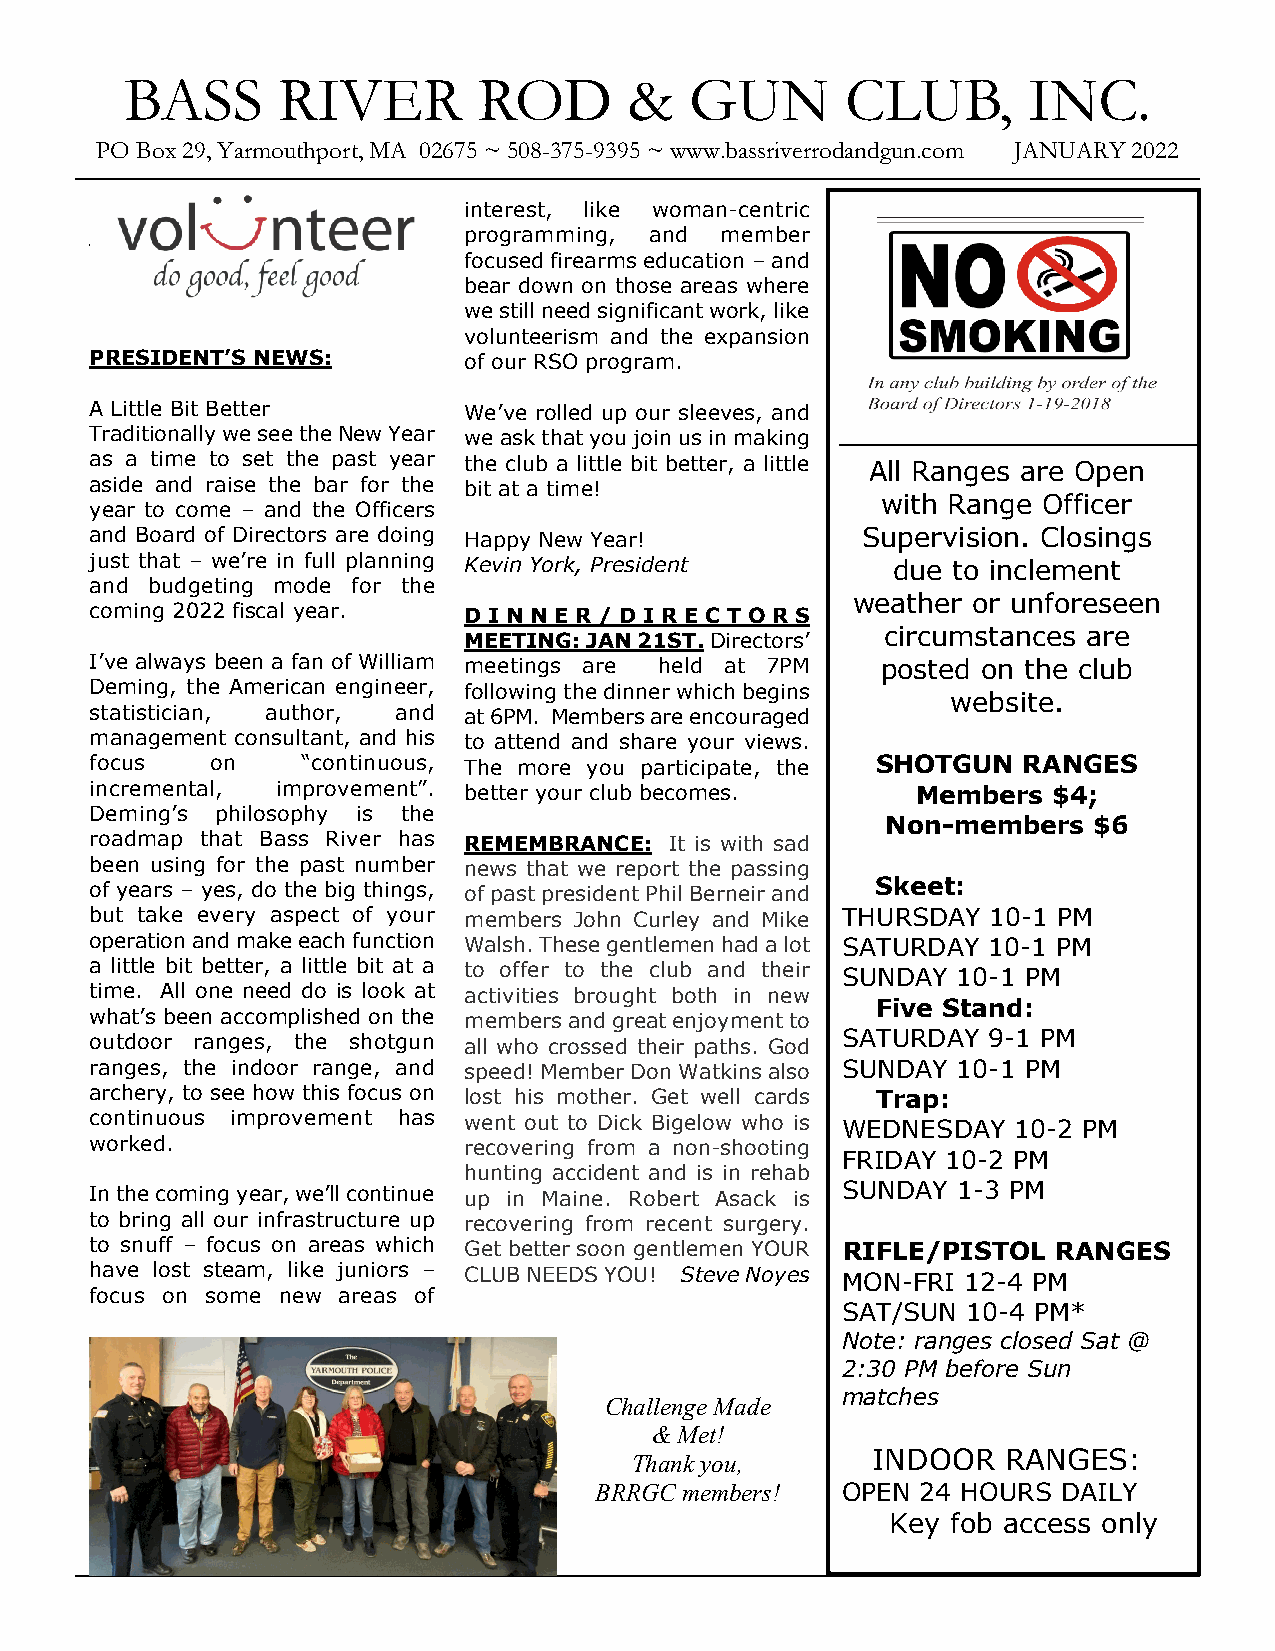
BASS      RIVER         ROD       &   GUN       CLUB,       INC.
 PO Box 29, Yarmouthport, MA 02675 ~ 508-375-9395 ~ www.bassriverrodandgun.com JANUARY 2022
 interest, like woman-centric
 programming, and member
 focused firearms education – and
 bear down on those areas where
 we still need significant work, like
 volunteerism and the expansion
 PRESIDENT’S NEWS:        of our RSO program.
 A Little Bit Better      We’ve rolled up our sleeves, and
 Traditionally we see the New Year we ask that you join us in making
 as a time to set the past year the club a little bit better, a little All Ranges are Open
 aside and raise the bar for the bit at a time!
 with Range Officer
 year to come – and the Officers
 and Board of Directors are doing Happy New Year!   Supervision. Closings
 just that – we’re in full planning Kevin York, President due to inclement
 and budgeting mode for the
 weather or unforeseen
 coming 2022 fiscal year. D I N N E R / D I R E C T O R S
 circumstances are
 MEETING: JAN 21ST. Directors’
 I’ve always been a fan of William meetings are held at 7PM posted on the club
 Deming, the American engineer, following the dinner which begins
 website.
 statistician, author, and at 6PM. Members are encouraged
 management consultant, and his to attend and share your views.
 focus   on    “continuous, The more you participate, the SHOTGUN RANGES
 incremental, improvement”. better your club becomes.   Members  $4;
 Deming’s philosophy is the
 Non-members  $6
 roadmap that Bass River has REMEMBRANCE: It is with sad
 been using for the past number news that we report the passing
 of years – yes, do the big things, of past president Phil Berneir and Skeet:
 but take every aspect of your members John Curley and Mike THURSDAY 10-1 PM
 operation and make each function Walsh. These gentlemen had a lot SATURDAY 10-1 PM
 a little bit better, a little bit at a to offer to the club and their SUNDAY 10-1 PM
 time. All one need do is look at activities brought both in new
 Five Stand:
 what’s been accomplished on the members and great enjoyment to
 outdoor ranges, the shotgun all who crossed their paths. God SATURDAY 9-1 PM
 ranges, the indoor range, and speed! Member Don Watkins also SUNDAY 10-1 PM
 archery, to see how this focus on lost his mother. Get well cards Trap:
 continuous improvement has went out to Dick Bigelow who is WEDNESDAY 10-2 PM
 worked.                  recovering from a non-shooting
 FRIDAY 10-2 PM
 hunting accident and is in rehab
 In the coming year, we’ll continue up in Maine. Robert Asack is SUNDAY 1-3 PM
 to bring all our infrastructure up recovering from recent surgery.
 to snuff – focus on areas which Get better soon gentlemen YOUR RIFLE/PISTOL RANGES
 have lost steam, like juniors – CLUB NEEDS YOU! Steve Noyes MON-FRI 12-4 PM
 focus on some new areas of
 SAT/SUN 10-4 PM*
 Note: ranges closed Sat @
 2:30 PM before Sun
 matches
 Challenge Made
 & Met!
 Thank you,      INDOOR   RANGES:
 BRRGC members!   OPEN 24 HOURS DAILY
 Key fob access only